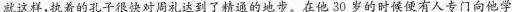
就这样，执着的孔子很快对周礼达到了精通的地步。在他30岁的时候便有人专门向他学